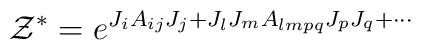
{\cal Z}^* = e^{J_{i} A_{ij} J_{j} + J_{l} J_{m} A_{lmpq} J_{p} J_{q} + \cdots}